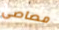
مصاصى